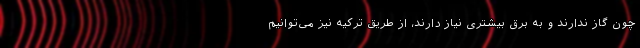
چون گاز ندارند و به برق بیشتری نیاز دارند، از طریق ترکیه نیز می‌توانیم